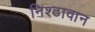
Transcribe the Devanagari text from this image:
निश्ठावान